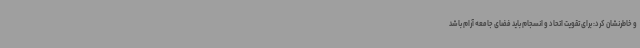
و خاطرنشان کرد: برای تقویت اتحاد و انسجام باید فضای جامعه آرام باشد